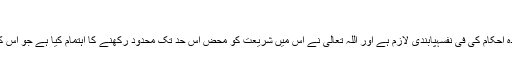
''
یہ آیت اس معاملے میں صریح نص کی حیثیت رکھتی ہے کہ قرآن مجید میں بیان کردہ احکام کی فی نفسہٖپابندی لازم ہے اور اللہ تعالیٰ نے اس میں شریعت کو محض اس حد تک محدود رکھنے کا اہتمام کیا ہے جو اس کے پیش نظر مقاصد کے لحاظ سے ہر دور کے لیے موزوں، مناسب اور مطلوب ہے۔